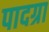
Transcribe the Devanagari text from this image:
पादग्रा